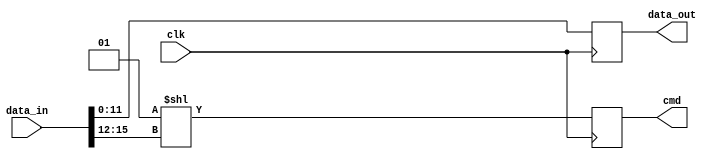
module cmd_mux #(
	parameter CMD_W = 4,
	parameter DATA_W = 12
)
(
	input wire clk,
	input wire[CMD_W+DATA_W-1:0] data_in,
	output reg[DATA_W-1:0] data_out,
	output reg[2**CMD_W-1:0] cmd
);

always @(posedge clk)
begin
	data_out <= data_in[DATA_W-1:0];
	cmd <= 1 << data_in[CMD_W+DATA_W-1:DATA_W];
end
endmodule